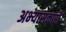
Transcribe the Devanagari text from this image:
अभ्‍यासकारों